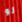
لو